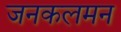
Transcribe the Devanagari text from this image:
जनकलमन